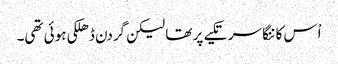
اْس کا ننگا سر تکیے پر تھا لیکن گردن ڈھلکی ہوئی تھی۔